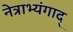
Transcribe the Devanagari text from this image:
नेत्राभ्यंगाद्